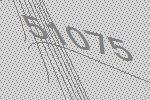
51075